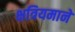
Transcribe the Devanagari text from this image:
क्षत्रियमाने